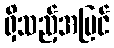
ရှိသည့်အပြင်